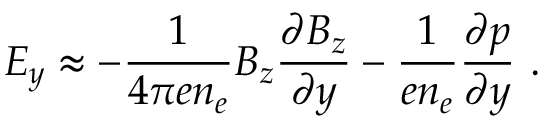
E _ { y } \approx - \frac { 1 } { 4 \pi e n _ { e } } B _ { z } \frac { \partial B _ { z } } { \partial y } - \frac { 1 } { e n _ { e } } \frac { \partial p } { \partial y } \ .